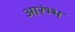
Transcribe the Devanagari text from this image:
आरंभ्भ